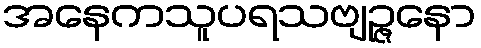
အနေကသူပရသဗျဉ္ဇနော